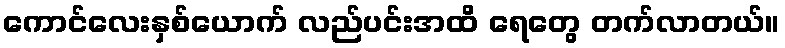
ကောင်လေးနှစ်ယောက် လည်ပင်းအထိ ရေတွေ တက်လာတယ်။